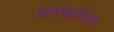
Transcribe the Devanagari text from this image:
प्रत्रकारिता